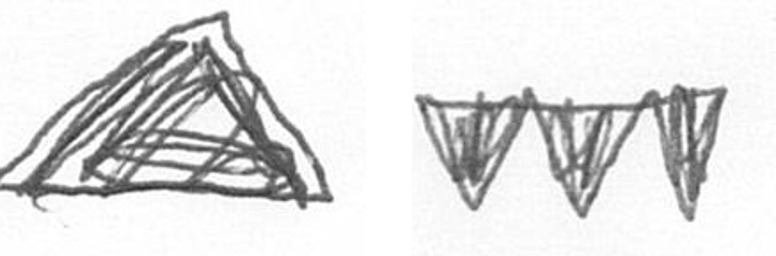
O L